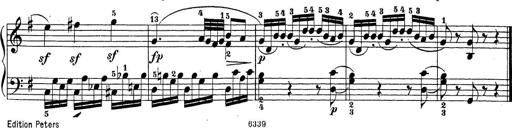
Title: Sonatina Album
Composer: Louis KÃ¶hler